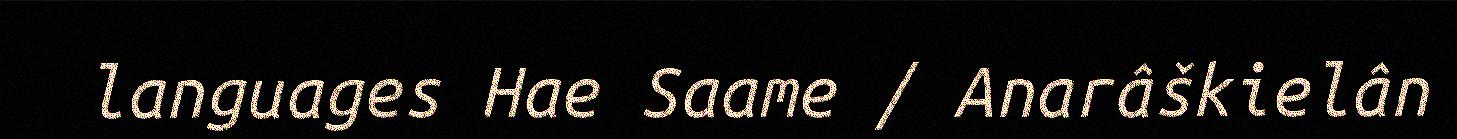
languages Hae Saame / Anarâškielân